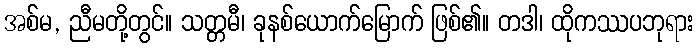
အစ်မ, ညီမတို့တွင်။ သတ္တမီ၊ ခုနစ်ယောက်မြောက် ဖြစ်၏။ တဒါ၊ ထိုကဿပဘုရား